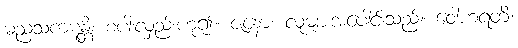
ဓညသကဋန္တိ၊ စပါးလှည်းဟူ၍။ ဇနော၊ လူများအပေါင်းသည်။ ဝေါဟရတိ၊